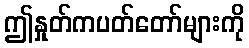
ဤနှုတ်ကပတ်တော်များကို